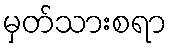
မှတ်သားစရာ